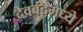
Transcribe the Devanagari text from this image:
देवबंदमध्ये